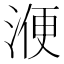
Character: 𣸇